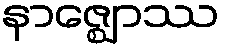
နာဇ္ဈောဿ